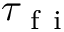
\tau _ { \mathrm { ~ f ~ i ~ } }